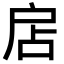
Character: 扂